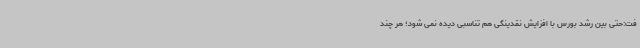
فت:حتی بین رشد بورس با افزایش نقدینگی هم تناسبی دیده نمی شود؛ هر چند